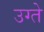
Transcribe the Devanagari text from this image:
उग्ते